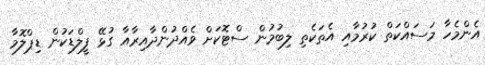
އެންމެހާ މަސައްކަތް ކުރުމާއި އެތަކެތި ލިބުމުން ސްޓޮކަށް ވެއްދުންދާއިރާއާ ގުޅޭ ފީލްޑަކުން ޑިޕްލޮމާ